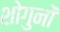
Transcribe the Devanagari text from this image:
शोगुनों